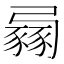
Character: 𧱶